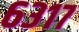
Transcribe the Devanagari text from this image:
६३१७